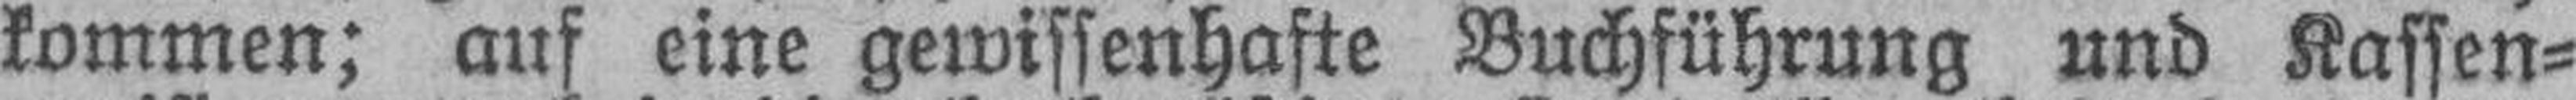
kommen; auf eine gewissenhafte Buchführung und Kassen¬